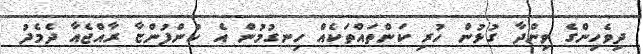
ދިވެހިންގެ ވިންދާ ގުޅުން ހުރި ކަންތައްތަކެއް ހިނގުމުން އެ ކުންފުންޏާ ރާއްޖެއާ ދެމެދު